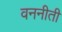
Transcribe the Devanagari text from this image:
वननीती